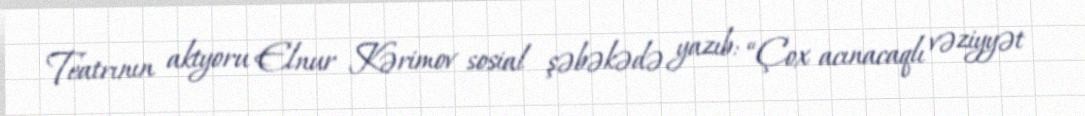
Teatrının aktyoru Elnur Kərimov sosial şəbəkədə yazıb: “Çox acınacaqlı vəziyyət